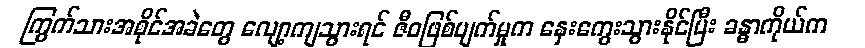
ကြွက်သားအစိုင်အခဲတွေ လျော့ကျသွားရင် ဇီဝဖြစ်ပျက်မှုက နှေးကွေးသွားနိုင်ပြီး ခန္ဓာကိုယ်က